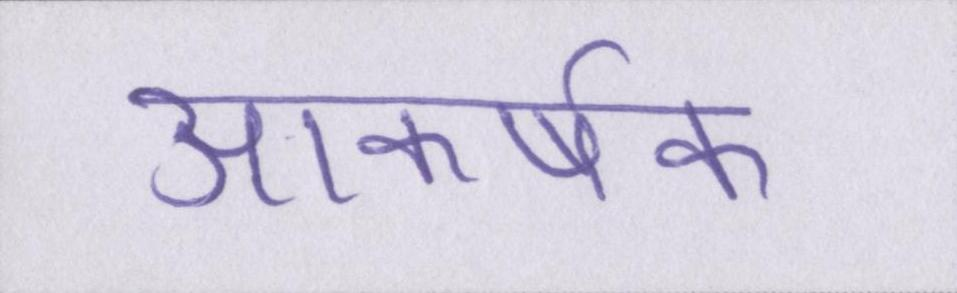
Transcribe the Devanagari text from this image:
आकर्षक